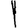
Digit: 1